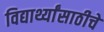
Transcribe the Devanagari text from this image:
विद्यार्थ्यांसाठीचे